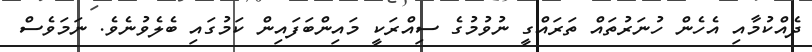
ދެއްކުމާއި އެހެން ހުނަރުތައް ތަރައްގީ ނުވުމުގެ ސިއްރަކީ މައިންބަފައިން ކަމުގައި ބެލެވުނެވެ. ނަމަވެސް